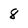
Character: 8